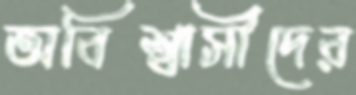
অবিশ্বাসীদের